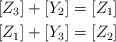
LaTeX: \begin{align*} [Z_3] + [Y_2] = [Z_1]\\ [Z_1] + [Y_3] = [Z_2]\end{align*}